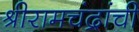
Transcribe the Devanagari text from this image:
श्रीरामचंद्रांची